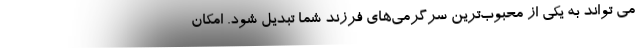
می تواند به یکی از محبوب‌ترین سرگرمی‌های فرزند شما تبدیل شود. امکان